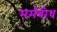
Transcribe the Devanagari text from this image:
मर्मबोध